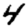
Digit: 4